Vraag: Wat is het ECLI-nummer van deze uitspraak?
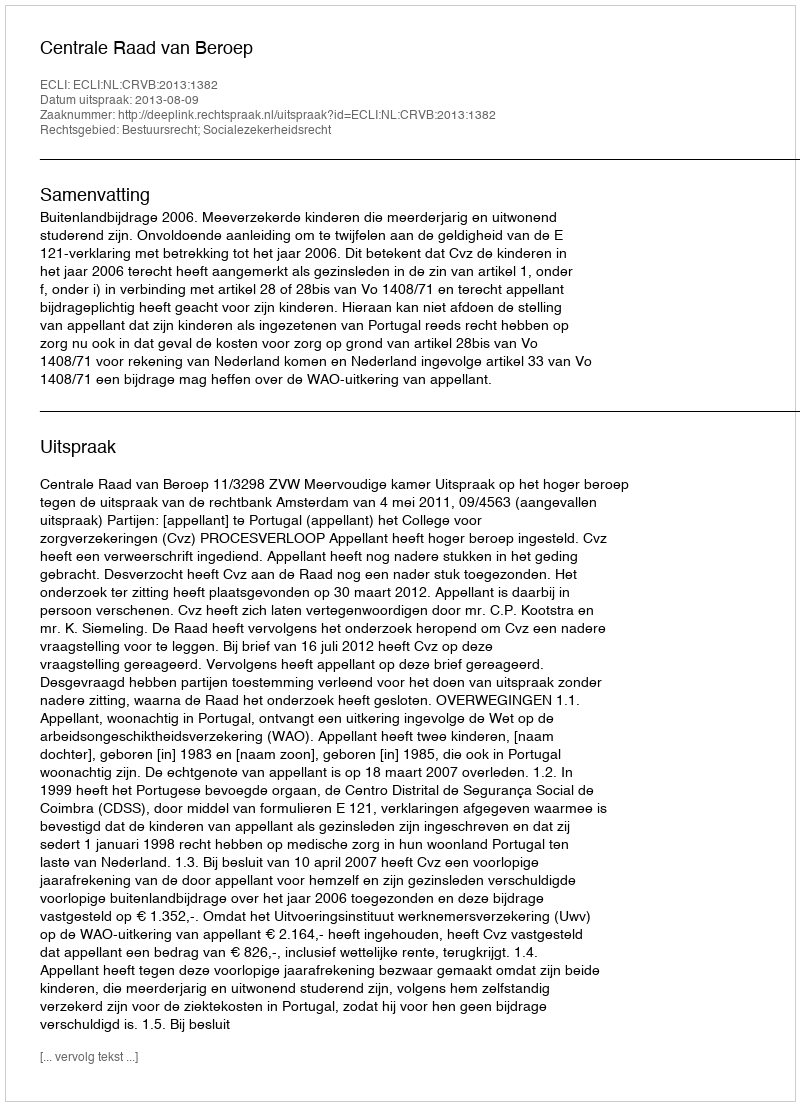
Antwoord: ECLI:NL:CRVB:2013:1382